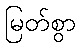
မြတ်စွာ